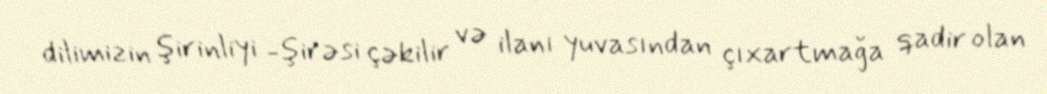
dilimizin şirinliyi -şirəsi çəkilir və ilanı yuvasından çıxartmağa qadir olan